Kolga_vallavalitsus, lk 21
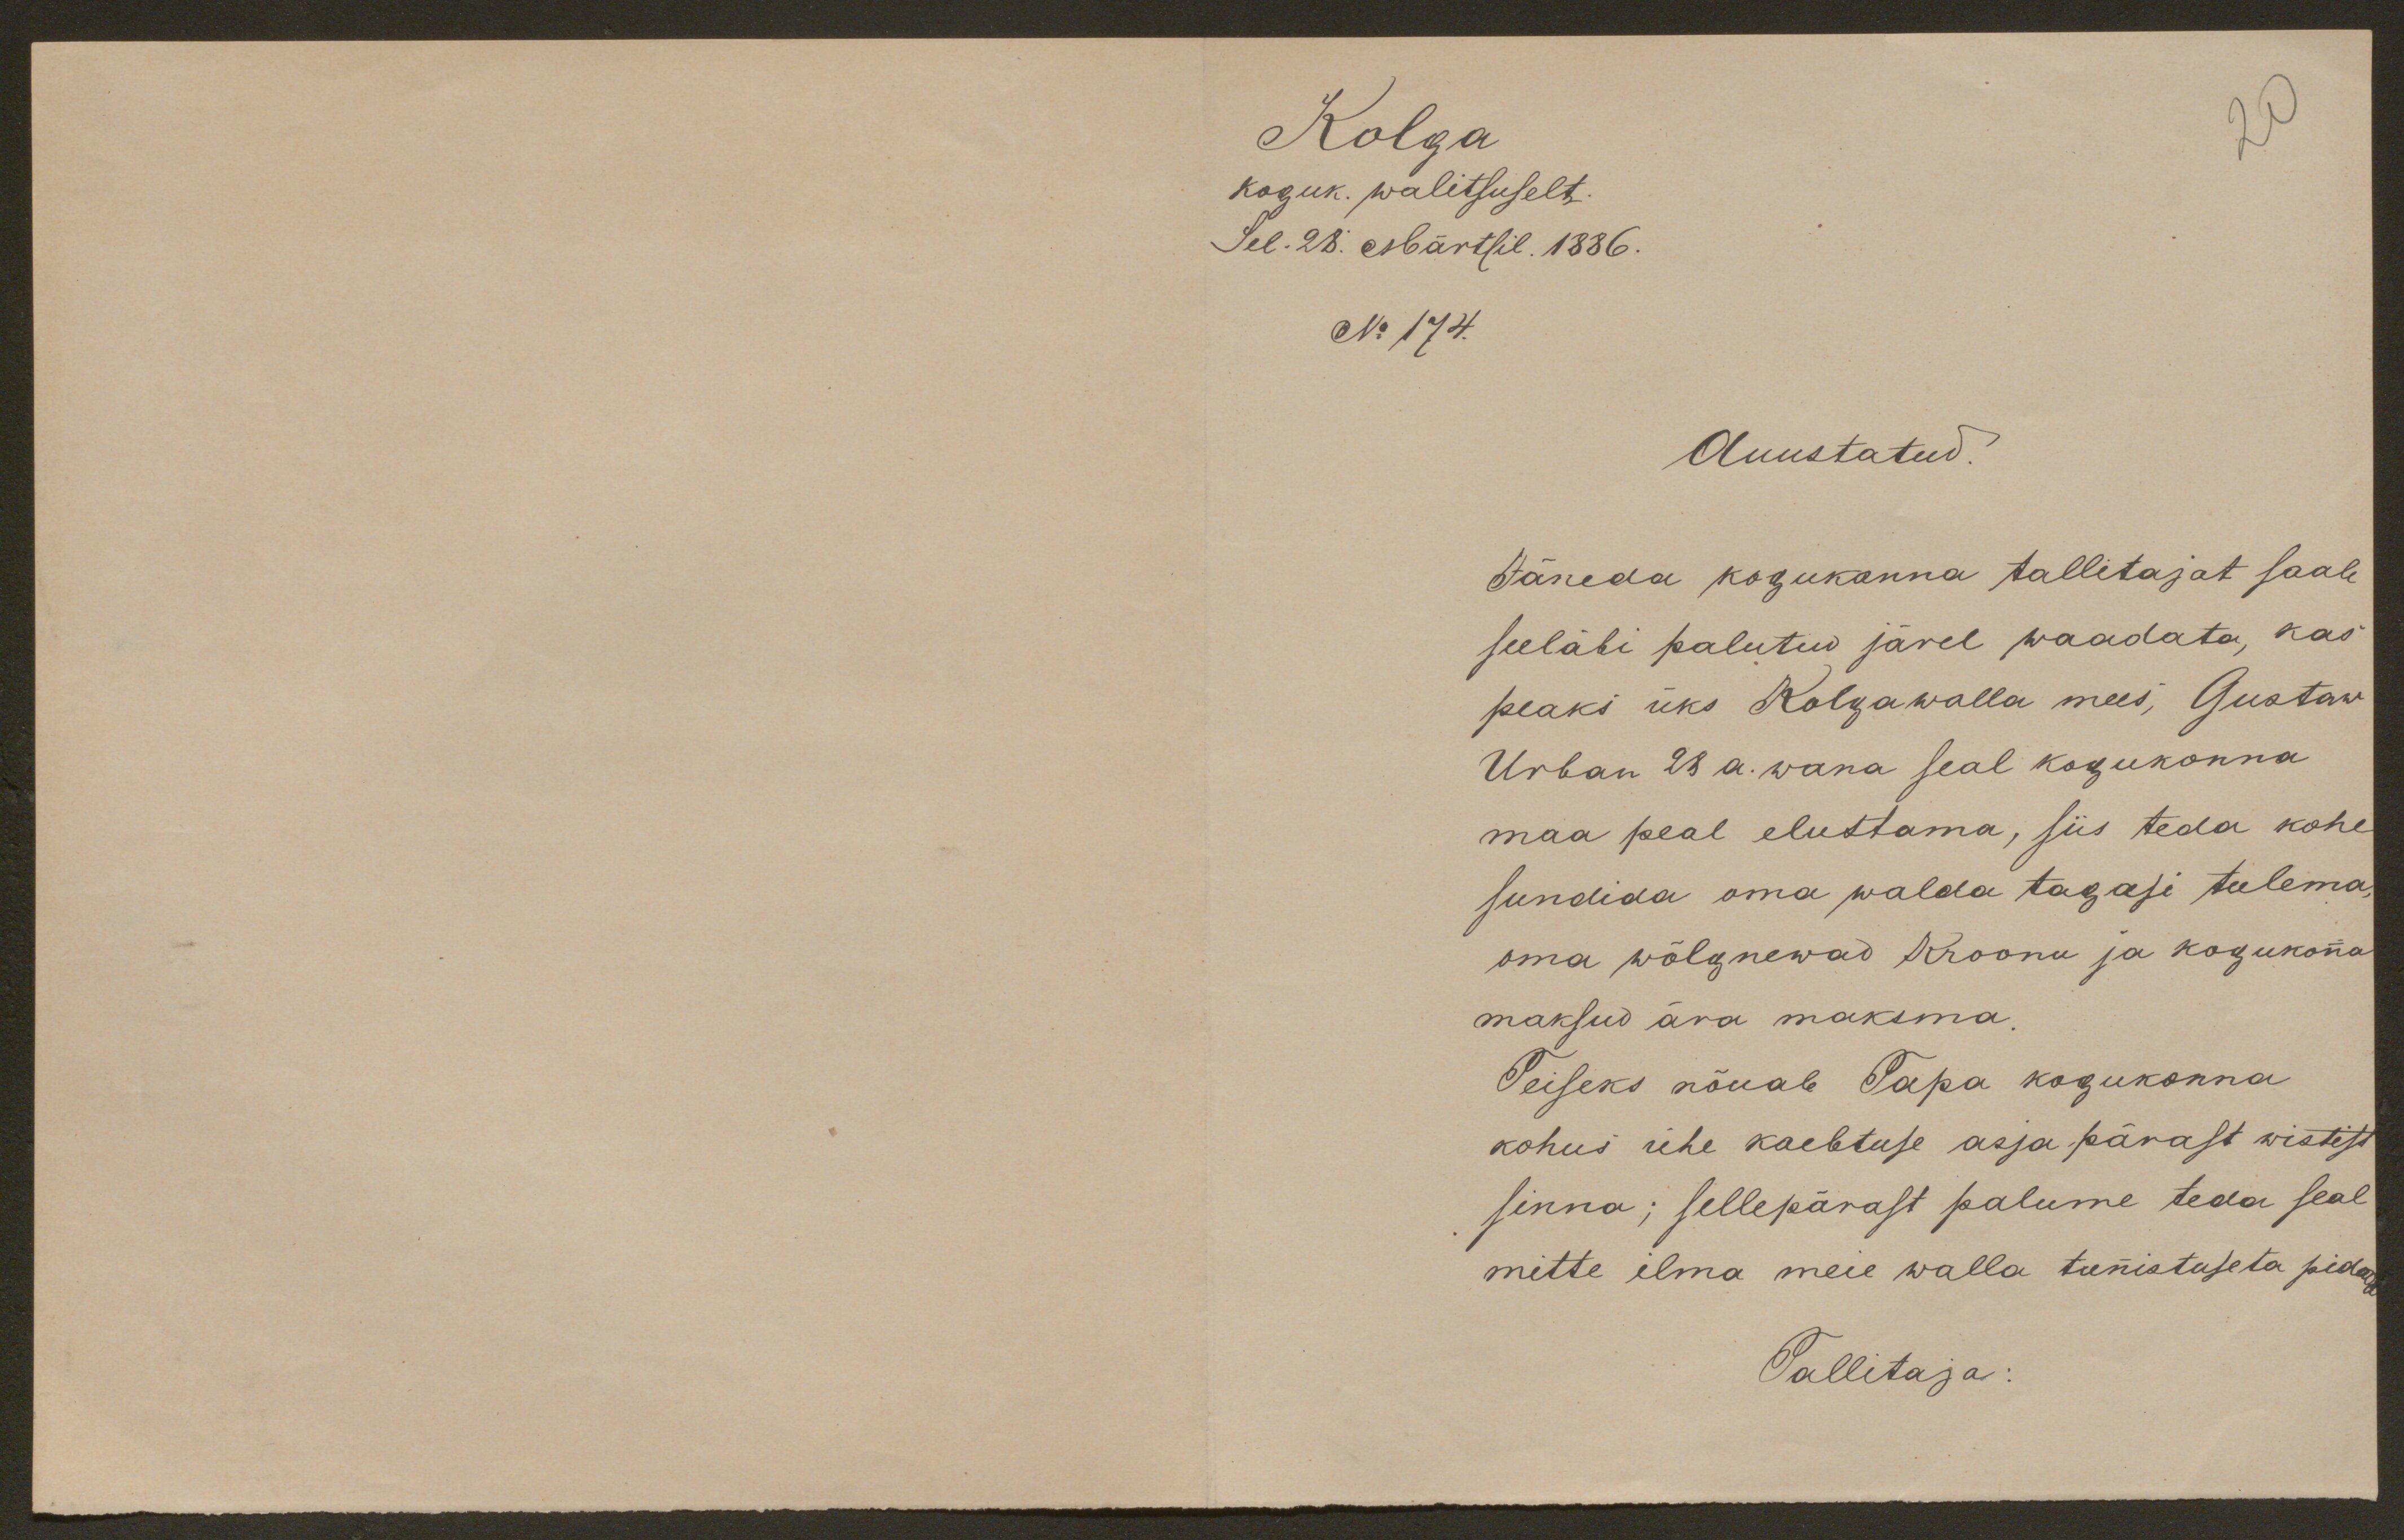
20
Kolga
koguk. walitsuselt.
Sel. 28: Märtsil. 1886.
No 174.
Auustatud.
Hõreda kogukonna tallitajat saab
seeläbi palutud järel waadata, kas
peaks üks Kolga walla mees, Gustaw
Urban 28. a. wana seal kogukonna
maa peal elustama, siis teda kohe
sundida oma walda tagasi tulema
oma wõlgnewad Kroonu ja kogukonna
maksud ära maksma.
Teiseks nõuab Tapa kogukonna
kohus ühe kaebtuse asja pärast wistist
sinna; sellepärast palume teda seal
mitte ilma meie walla tunnistuseta pidas
Tallitaja: